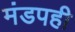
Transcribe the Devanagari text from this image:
मंडपही